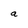
Character: a